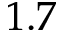
1 . 7